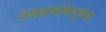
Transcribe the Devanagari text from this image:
नवधाभक्तिपूर्वक